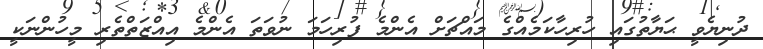
ދުނިޔެވީ ޙަޔާތުގައި ހުރިހާކަމެއްގެ މައްޗަށް އެންމެ ފުރިހަމަ ނުވަތަ އެންމެ އިއްޒަތްތެރި މީހުންނަކީ